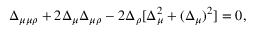
\Delta _ { \mu \mu \rho } + 2 \Delta _ { \mu } \Delta _ { \mu \rho } - 2 \Delta _ { \rho } [ \Delta _ { \mu } ^ { 2 } + ( \Delta _ { \mu } ) ^ { 2 } ] = 0 ,